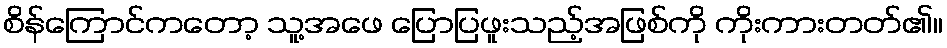
စိန်ကြောင်ကတော့ သူ့အဖေ ပြောပြဖူးသည့်အဖြစ်ကို ကိုးကားတတ်၏။